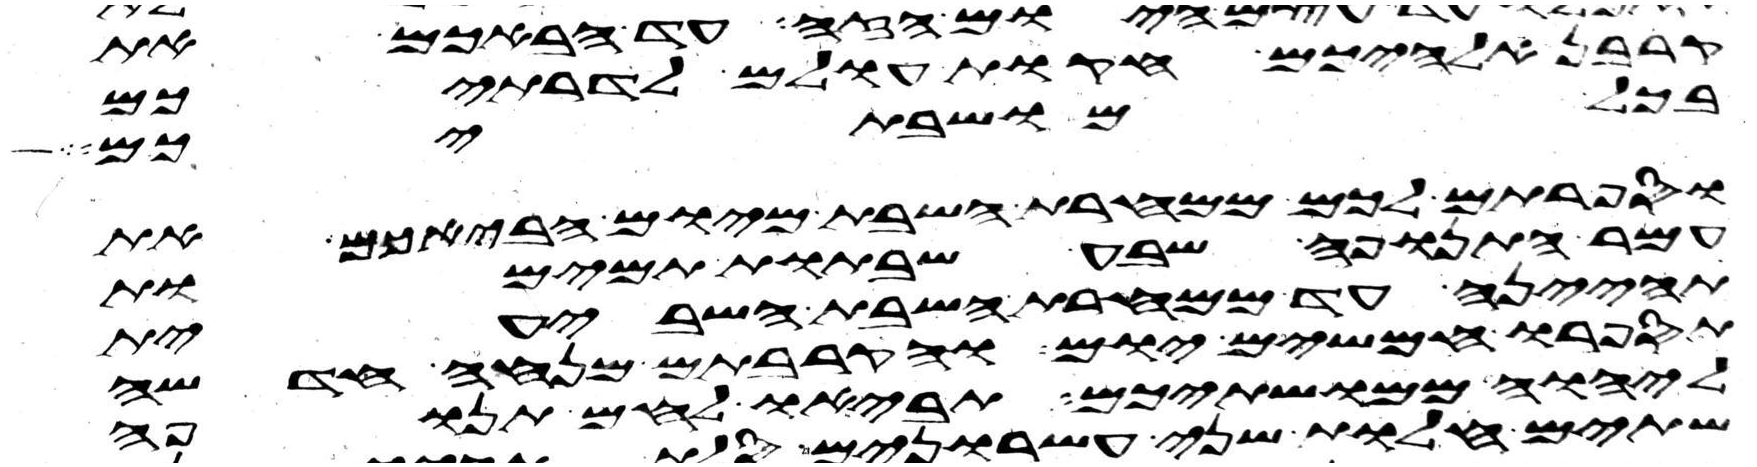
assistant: קרבן אלהיכם חקת עולם לדרתיכם
בכל מושבתיכם
וספרתם לכם ממחרת השבת מיום הבאכם את
עמר התנופה שבע שבתות תמימות
תהיינה עד ממחרת השבת השביעית
תספרו חמשים יום והקרבתם מנחה חדשה
ליהוה ממושבתיכם תביאו לחם תנופה